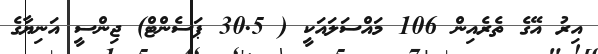
އިރު އޭގެ ތެރެއިން 106 މައްސަލައަކީ ( 30.5 ޕަސެންޓް) ޖިންސީ އަނިޔާގެ